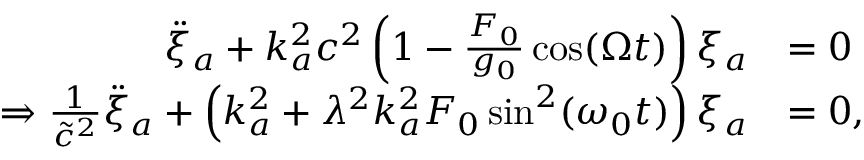
\begin{array} { r l } { \ddot { \xi } _ { a } + k _ { a } ^ { 2 } c ^ { 2 } \left( 1 - \frac { F _ { 0 } } { g _ { 0 } } \cos ( \Omega t ) \right) \xi _ { a } } & { = 0 } \\ { \Rightarrow \frac { 1 } { \tilde { c } ^ { 2 } } \ddot { \xi } _ { a } + \left( k _ { a } ^ { 2 } + \lambda ^ { 2 } k _ { a } ^ { 2 } F _ { 0 } \sin ^ { 2 } ( \omega _ { 0 } t ) \right) \xi _ { a } } & { = 0 , } \end{array}